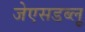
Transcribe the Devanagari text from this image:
जेएसडब्लू